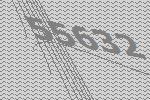
55632